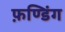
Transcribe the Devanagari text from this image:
फ़ण्डिंग